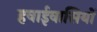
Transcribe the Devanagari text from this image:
हवाईवासियों